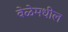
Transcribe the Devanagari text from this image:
वेळेमधील